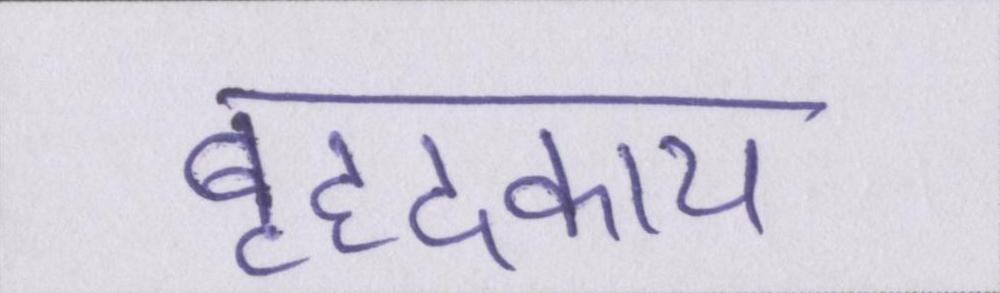
बृहदकाय